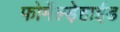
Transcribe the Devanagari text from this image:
फोर्मेल्ड़ेहाईड